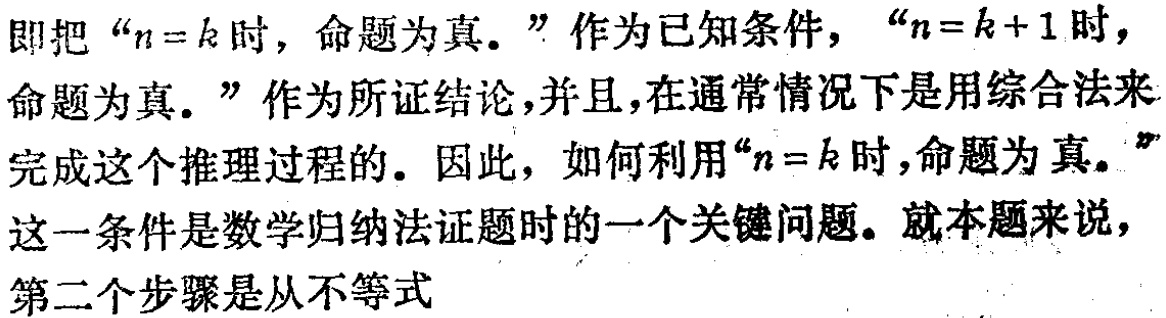
即把 “\(n = k\) 时，命题为真。” 作为已知条件，“\(n = k + 1\) 时，命题为真。” 作为所证结论，并且，在通常情况下是用综合法来完成这个推理过程的。因此，如何利用“\(n = k\) 时，命题为真。”这一条件是数学归纳法证题时的一个关键问题。就本题来说，第二个步骤是从不等式